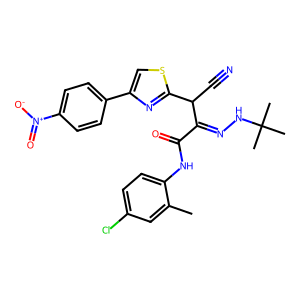
SMILES: Cc1cc(Cl)ccc1NC(=O)C(=NNC(C)(C)C)C(C#N)c1nc(-c2ccc([N+](=O)[O-])cc2)cs1
Inhibits HIV replication: No